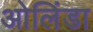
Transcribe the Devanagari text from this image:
ओलिंडा